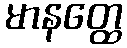
မာနတ္ထေ